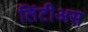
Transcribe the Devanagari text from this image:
लिंटीअस